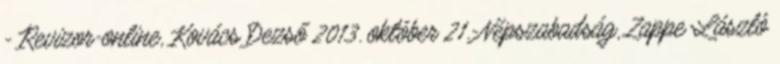
- Revizor-online, Kovács Dezső 2013. október 21.-Népszabadság, Zappe László